Civil Veterinary Dept. North-West Frontier Province 1923-32 - 1923-1932
Year: 1923
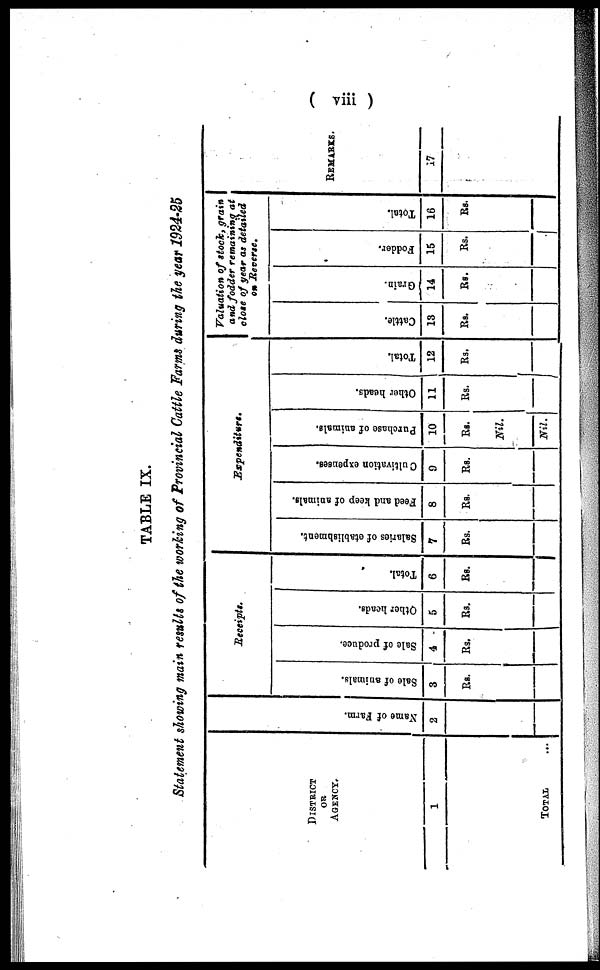
( viii )
TABLE IX.
Statement showing main results of the working of Provincial Cattle Farms during the year 1924-25
DISTRICT
OR
AGENCY.
1
TOTAL ...
Name of Farm.
2
Receipts.
Sale of animals.
3
Rs.
Sale of produce.
4
Rs.
Other heads.
5
Rs.
Total.
6
Rs.
Expenditures.
Salaries of stablishment.
7
Rs.
Feed and keep of animals.
8
Rs.
Cultivation expenses.
9
Rs.
Purchase of animals.
10
Rs.
Nil.
Nil.
Other heads.
11
Rs.
Total.
12
Rs.
Valuation of stock, grain
and fodder remaining at
close of year as detailed
Cattle.
13
Rs.
Grain.
14
Rs.
Fodder.
15
Rs.
Total.
16
Rs.
REMARKS.
17